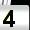
Digit: 4